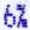
6%